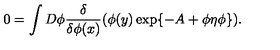
0 = \int D \phi \frac { \delta } { \delta \phi ( x ) } ( \phi ( y ) \exp \{ - A + \phi \eta \phi \} ) .